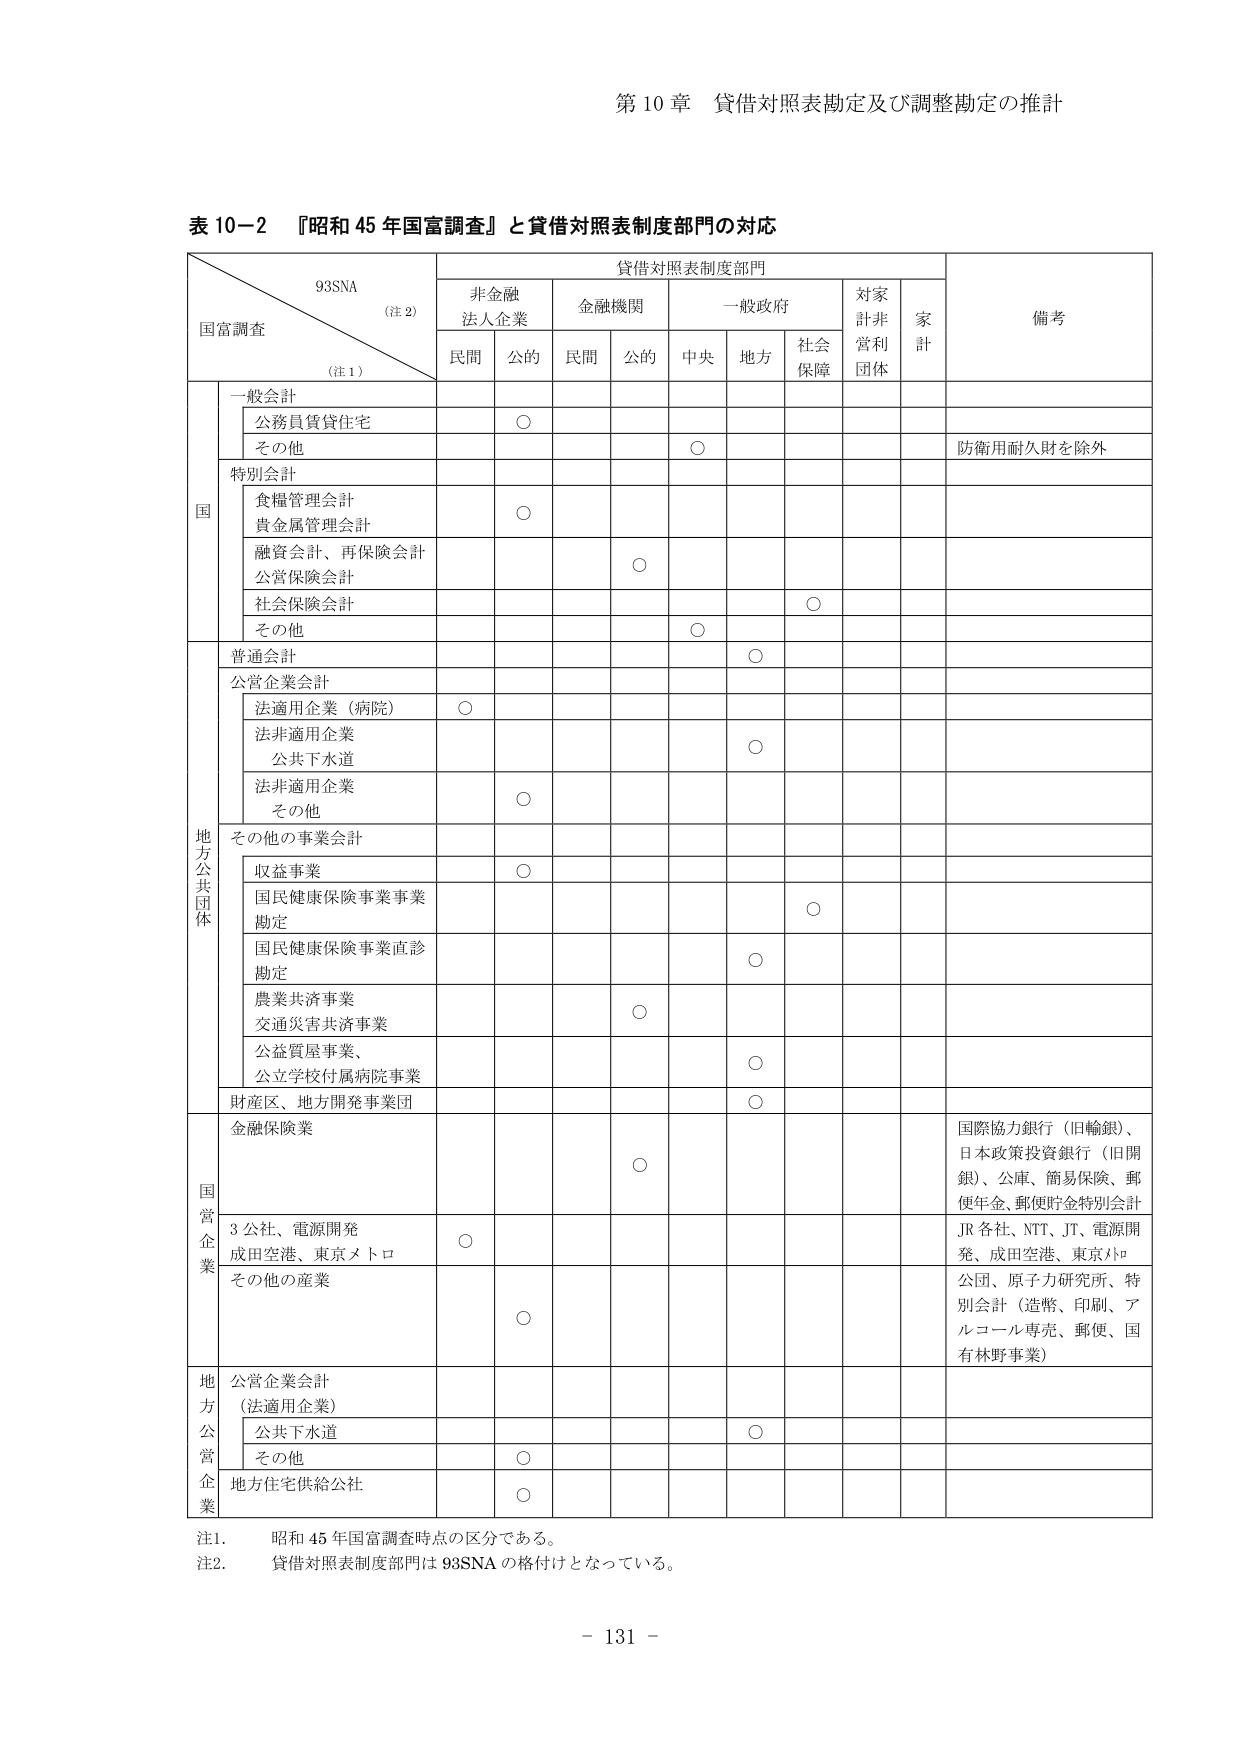
第10章 貸借対照表勘定及び調整勘定の推計

表10-2 『昭和45年国富調査』と貸借対照表制度部門の対応

93SNA
（注2）
国富調査
（注1）

貸借対照表制度部門

非金融
法人企業

金融機関

一般政府

対家
計非
営利
団体

家
計

備考

民間

公的

民間

公的

中央

地方

社会
保障

一般会計

公務員賃貸住宅

○

その他

○

防衛用耐久財を除外

特別会計

食糧管理会計
貴金属管理会計

○

融資会計、再保険会計
公営保険会計

○

社会保険会計

○

その他

○

普通会計

○

公営企業会計

法適用企業（病院）

○

法非適用企業
公共下水道

○

法非適用企業
その他

○

その他の事業会計

収益事業

○

国民健康保険事業事業
勘定

○

国民健康保険事業直診
勘定

○

農業共済事業
交通災害共済事業

○

公益賃屋事業、
公立学校付属病院事業

○

財産区、地方開発事業団

○

金融保険業

○

国際協力銀行（旧輸銀）、
日本政策投資銀行（旧開銀）、公庫、簡易保険、郵便年金、郵便貯金特別会計

3公社、電源開発
成田空港、東京メトロ

○

JR各社、NTT、JT、電源開発、成田空港、東京メトロ

その他の産業

○

公団、原子力研究所、特別会計（造幣、印刷、アルコール専売、郵便、国有林野事業）

公営企業会計
（法適用企業）

公共下水道

○

その他

○

地方住宅供給公社

○

注1. 昭和45年国富調査時点の区分である。
注2. 貸借対照表制度部門は93SNAの格付けとなっている。

- 131 -